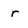
Character: r